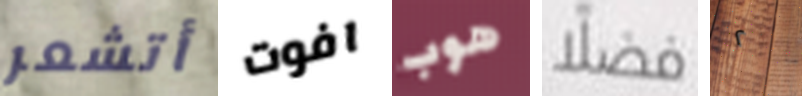
أتشعر افوت هوب فضلا ٢